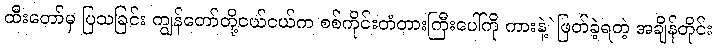
ထီးတော်မှ ပြသခြင်း ကျွန်တော်တို့ငယ်ငယ်က စစ်ကိုင်းတံတားကြီးပေါ်ကို ကားနဲ့ဲဖြတ်ခဲ့ရတဲ့ အချိန်တိုင်း